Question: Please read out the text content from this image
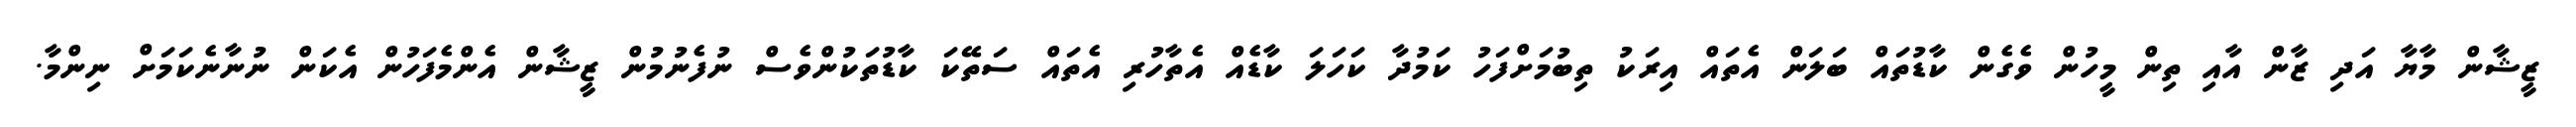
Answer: ޒީޝާން މާޔާ އަދި ޒާން އާއި ތިން މީހުން ވެގެން ކާޑުތައް ބަލަން އެތައް އިރަކު ތިބުމަށްފަހު ކަމުދާ ކަހަލަ ކާޑެއް އެތާހުރި އެތައް ސަތޭކަ ކާޑުތަކުންވެސް ނުފެނުމުން ޒީޝާން އެންމެފަހުން އެކަން ނުނާނެކަމަށް ނިންމާ.